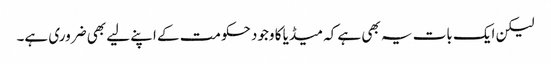
لیکن ایک بات یہ بھی ہے کہ میڈیا کا وجود حکومت کے اپنے لیے بھی ضروری ہے۔